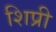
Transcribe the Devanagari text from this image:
शिप्री